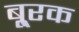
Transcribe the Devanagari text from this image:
बू्रक